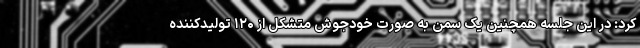
کرد: در این جلسه همچنین یک سمن به صورت خودجوش متشکل از ۱۲۰ تولیدکننده